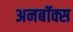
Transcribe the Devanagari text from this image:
अनबॉक्स